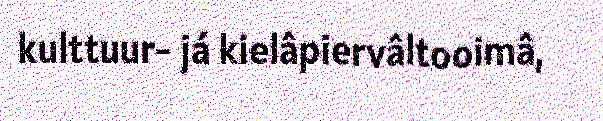
kulttuur- já kielâpiervâltooimâ,